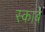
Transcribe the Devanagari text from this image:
स्काबे